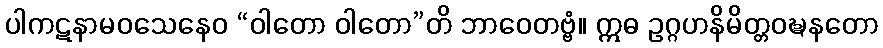
ပါကဋနာမဝသေနေဝ “ဝါတော ဝါတော”တိ ဘာဝေတဗ္ဗံ။ ဣဓ ဥဂ္ဂဟနိမိတ္တဝဍ္ဎနတော